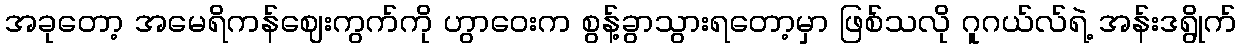
အခုတော့ အမေရိကန်ဈေးကွက်ကို ဟွာဝေးက စွန့်ခွာသွားရတော့မှာ ဖြစ်သလို ဂူဂယ်လ်ရဲ့ အန်းဒရွိုက်